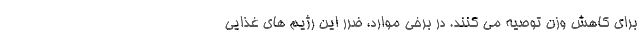
برای کاهش وزن توصیه می کنند. در برخی موارد، ضرر این رژیم های غذایی